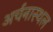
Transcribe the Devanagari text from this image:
अर्चनास्थल